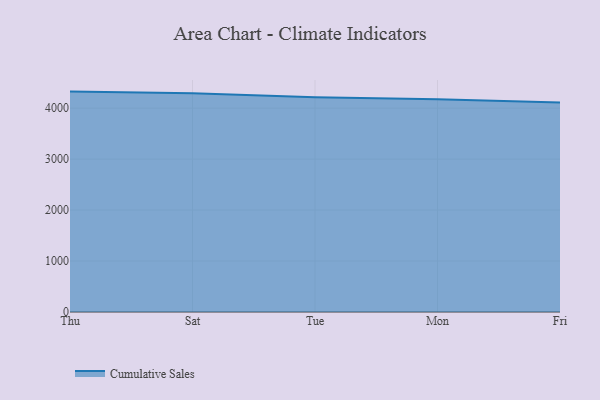
{"axis": {"x": "Day", "y": "Churn Rate (%)"}, "legend": ["Cumulative Sales"], "data": [{"x": "Thu", "y": 4324.5, "type": "Cumulative Sales"}, {"x": "Sat", "y": 4290.3, "type": "Cumulative Sales"}, {"x": "Tue", "y": 4215.2, "type": "Cumulative Sales"}, {"x": "Mon", "y": 4173.6, "type": "Cumulative Sales"}, {"x": "Fri", "y": 4109.3, "type": "Cumulative Sales"}]}